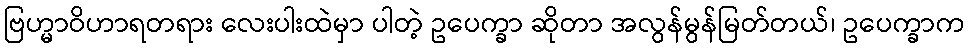
ဗြဟ္မာဝိဟာရတရား လေးပါးထဲမှာ ပါတဲ့ ဥပေက္ခာ ဆိုတာ အလွန်မွန်မြတ်တယ်၊ ဥပေက္ခာက